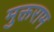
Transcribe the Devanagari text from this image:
मुक्तराम